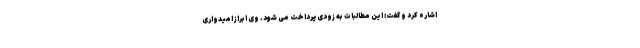
اشاره کرد و گفت: این مطالبات به زودی پرداخت می شود. وی ابراز امیدواری